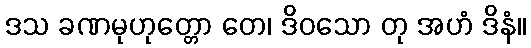
ဒသ ခဏမုဟုတ္တော တေ၊ ဒိဝသော တု အဟံ ဒိနံ။